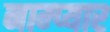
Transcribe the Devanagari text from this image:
नाम्प्यार